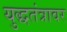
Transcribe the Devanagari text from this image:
युद्धतंत्रावर